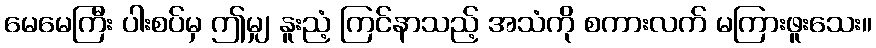
မေမေကြီး ပါးစပ်မှ ဤမျှ နူးညံ့ ကြင်နာသည့် အသံကို စကားလက် မကြားဖူးသေး။